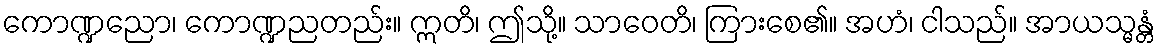
ကောဏ္ဍညော၊ ကောဏ္ဍညတည်း။ ဣတိ၊ ဤသို့။ သာဝေတိ၊ ကြားစေ၏။ အဟံ၊ ငါသည်။ အာယသ္မန္တံ